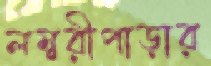
লম্বরীপাড়ার